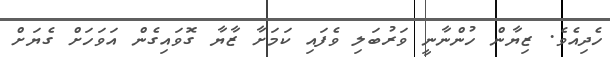
ހެދިއެވެ. ޒިޔާން ހުންނާނީ ވަރުބަލި ވެފައި ކަމަށާ ޒާޔާ ގޮވައިގެން އަވަހަށް ގެޔަށް